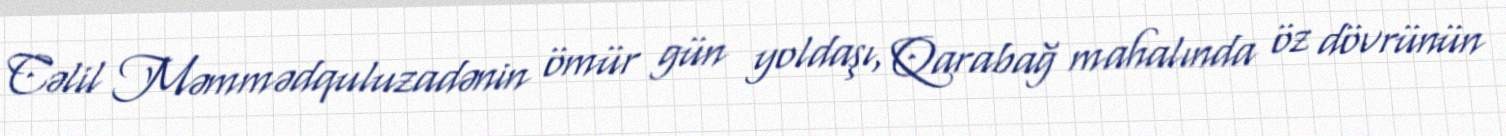
Cəlil Məmmədquluzadənin ömür gün yoldaşı, Qarabağ mahalında öz dövrünün